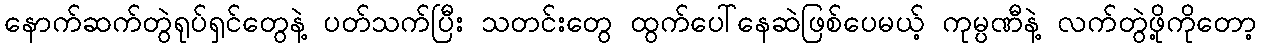
နောက်ဆက်တွဲရုပ်ရှင်တွေနဲ့ ပတ်သက်ပြီး သတင်းတွေ ထွက်ပေါ်နေဆဲဖြစ်ပေမယ့် ကုမ္ပဏီနဲ့ လက်တွဲဖို့ကိုတော့